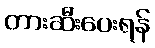
တားဆီးပေးရန်